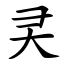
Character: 㚑